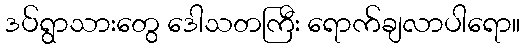
ဒပ်ရွာသားတွေ ဒေါသတကြီး ရောက်ချလာပါရော။